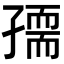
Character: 𡦘